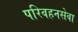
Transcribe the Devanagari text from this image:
परिवहनसेवा